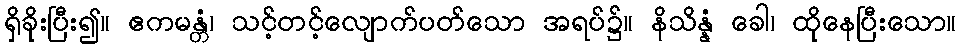
ရှိခိုးပြီး၍။ ဧကမန္တံ၊ သင့်တင့်လျောက်ပတ်သော အရပ်၌။ နိသိန္နံ ခေါ၊ ထိုနေပြီးသော။